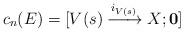
LaTeX: \begin{align*}c_n(E) = [V(s) \xrightarrow {i_{V(s)}} X; {\bf 0}]\end{align*}